Document type: Emphyteutic lease
Year: 1316
Scribe: Guillem de Vila
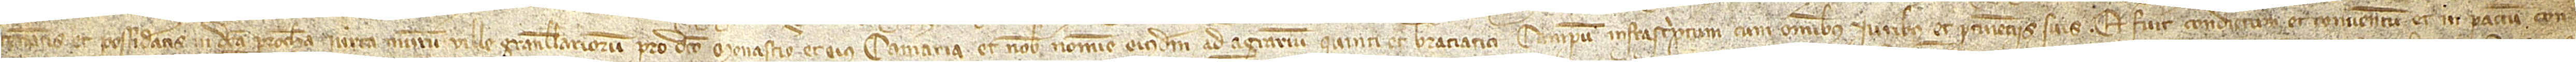
teneatis et possideatis in dicta parrochia iuxta murum ville Granullariorum pro dicto monasterio et eius cameraria et nobis nomine eiusdem, ad agrarium quinti et braciatici, campum infrascriptum, cum omnibus iuribus et pertinenciis suis; et fuit condictum et conventum et in pactum, con-